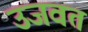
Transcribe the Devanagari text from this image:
उजवत